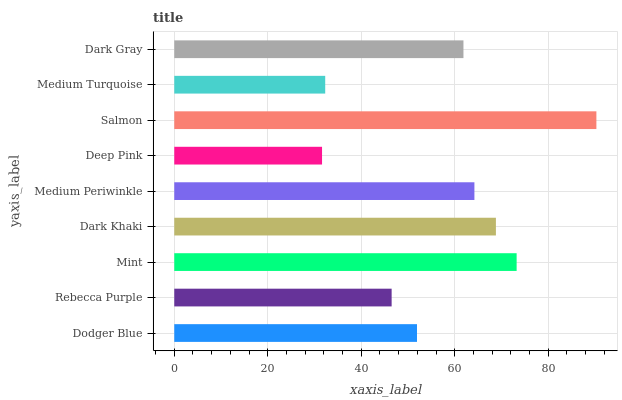
| yaxis_label | bars |
 | --- | --- |
 | Dodger Blue | 51.9 |
 | Rebecca Purple | 46.5 |
 | Mint | 73.2 |
 | Dark Khaki | 68.8 |
 | Medium Periwinkle | 64.2 |
 | Deep Pink | 31.6 |
 | Salmon | 90.3 |
 | Medium Turquoise | 32.3 |
 | Dark Gray | 61.9 |